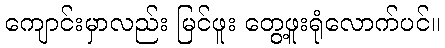
ကျောင်းမှာလည်း မြင်ဖူး တွေ့ဖူးရုံလောက်ပင်။